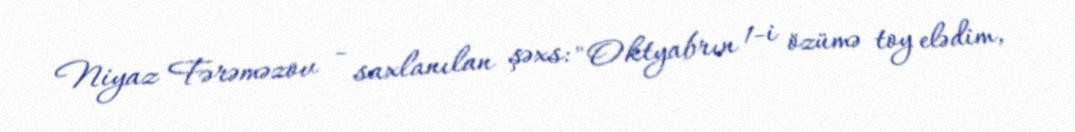
Niyaz Fərəməzov - saxlanılan şəxs: "Oktyabrın 1-i özümə toy elədim,